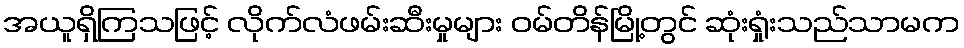
အယူရှိကြသဖြင့် လိုက်လံဖမ်းဆီးမှုများ ဝမ်တိန်မြို့တွင် ဆုံးရှုံးသည်သာမက